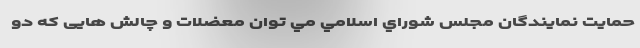
حمايت نمايندگان مجلس شوراي اسلامي مي توان معضلات و چالش هايی كه دو